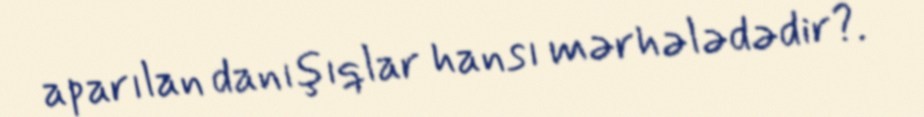
aparılan danışıqlar hansı mərhələdədir?.